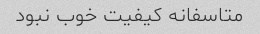
متاسفانه کیفیت خوب نبود